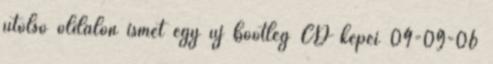
utolsó oldalon ismét egy új bootleg CD képei 04-09-06